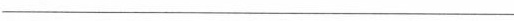
___